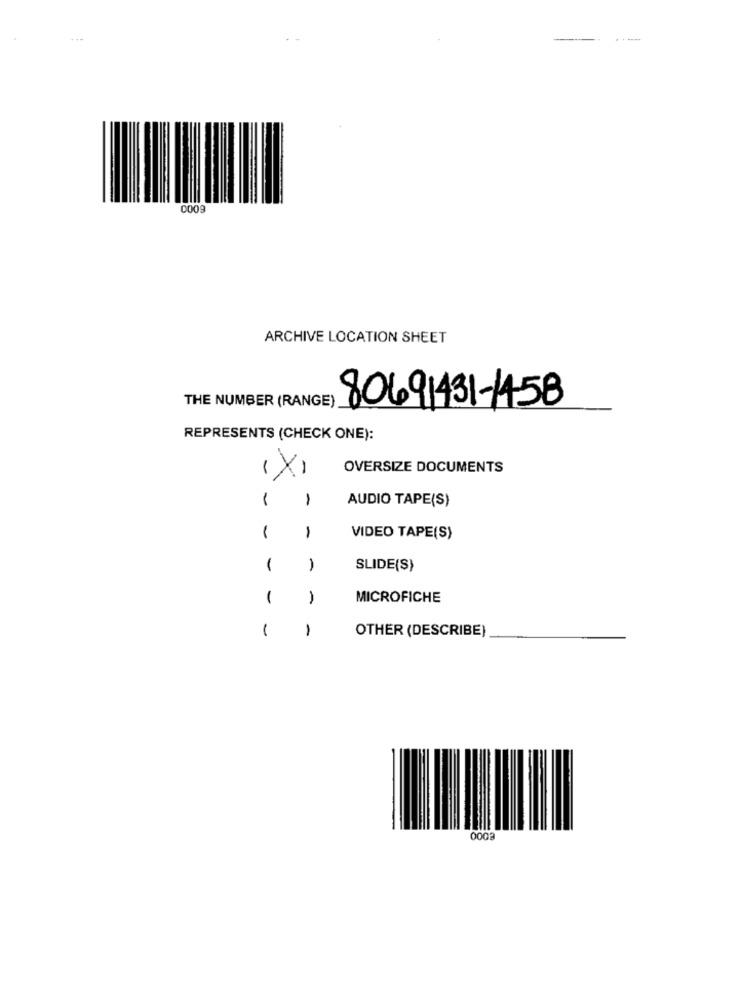
0009
ARCHIVE LOCATION SHEET
THE NUMBER (RANGE)
80691431-1458
REPRESENTS (CHECK ONE):
OVERSIZE DOCUMENTS
1
1
AUDIO TAPE(S)
1
1
VIDEO TAPE(S)
1
1
SLIDE(S)
1
1
MICROFICHE
1
1
OTHER (DESCRIBE)
0002